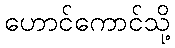
ဟောင်ကောင်သို့